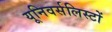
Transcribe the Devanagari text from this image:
यूनिवर्सलिस्टों